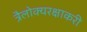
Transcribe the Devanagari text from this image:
त्रैलोक्यरक्षाकरी